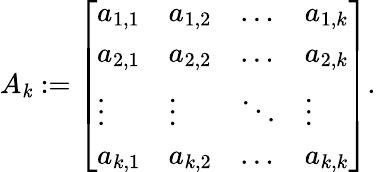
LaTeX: A_{\mathit{k}}:={\left[\begin{array}{llll}{a_{1,1}}&{a_{1,2}}&{\dots}&{a_{1,k}}\\ {a_{2,1}}&{a_{2,2}}&{\dots}&{a_{2,k}}\\ {\vdots}&{\vdots}&{\ddots}&{\vdots}\\ {a_{k,1}}&{a_{k,2}}&{\dots}&{a_{k,k}}\end{array}\right]}.